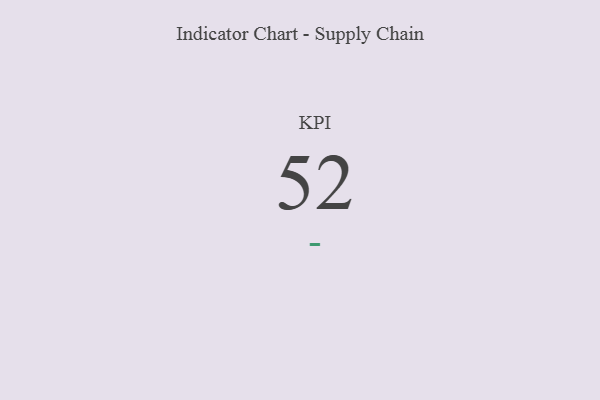
{"axis": {"x": "KPI", "y": "Value"}, "legend": [""], "data": [{"x": "KPI", "y": 52, "type": ""}]}